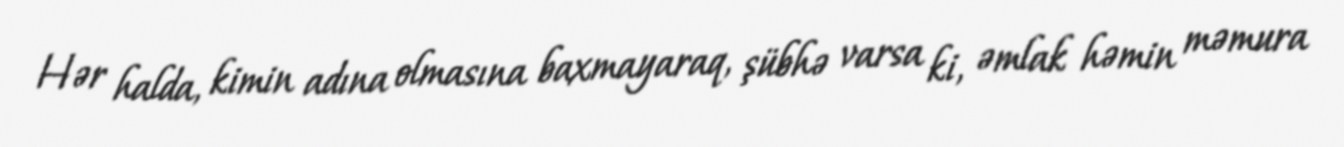
Hər halda, kimin adına olmasına baxmayaraq, şübhə varsa ki, əmlak həmin məmura